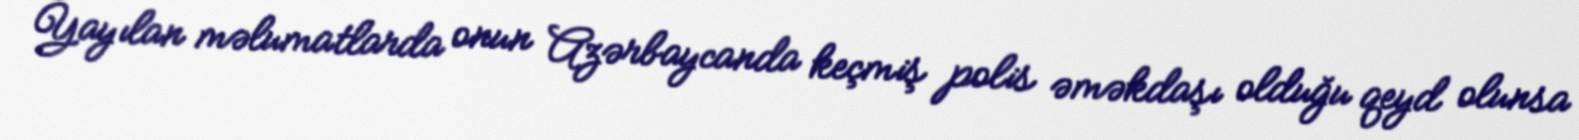
Yayılan məlumatlarda onun Azərbaycanda keçmiş polis əməkdaşı olduğu qeyd olunsa